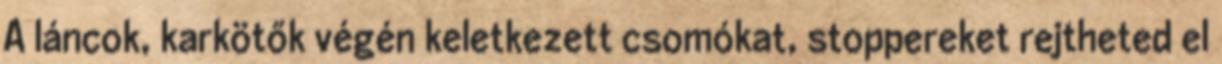
A láncok, karkötők végén keletkezett csomókat, stoppereket rejtheted el